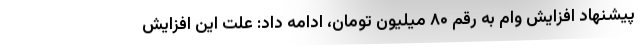
پیشنهاد افزایش وام به رقم ۸۰ میلیون تومان، ادامه داد: علت این افزایش